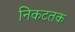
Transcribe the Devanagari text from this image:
निकटतक